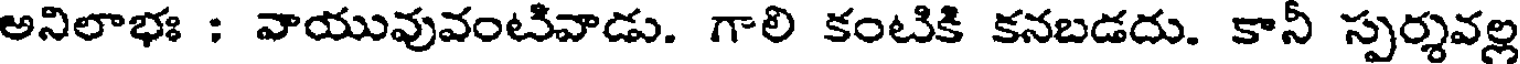
అనిలాభః : వాయువువంటివాడు. గాలి కంటికి కనబడదు. కానీ స్పర్శవల్ల